Annual report of the Madras Medical College
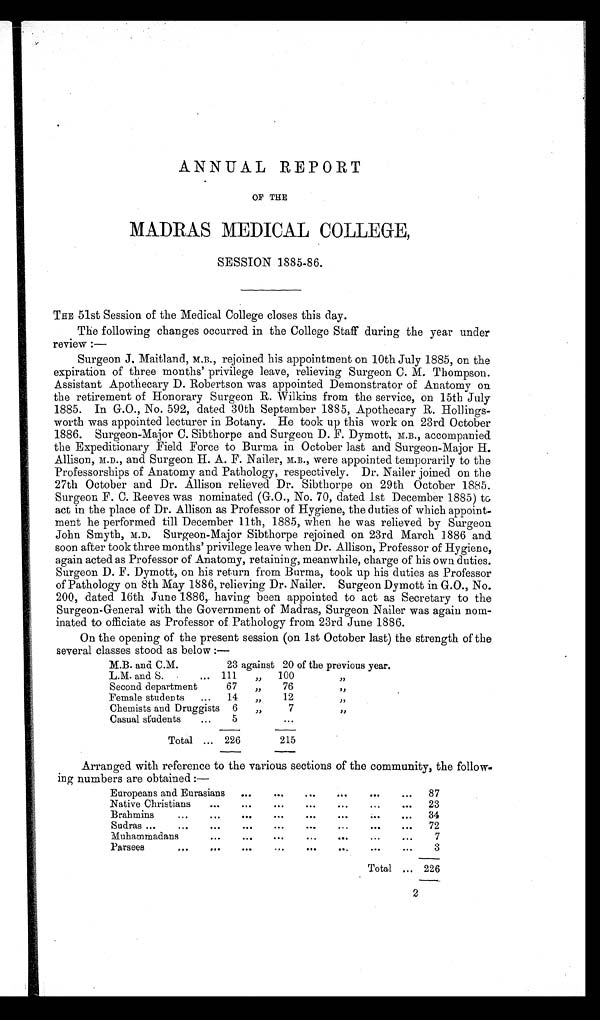
ANNUAL REPORT
OF THE
MADRAS MEDICAL COLLEGE,
SESSION 1885-86.
THE 51st Session of the Medical College closes this day.
The following changes occurred in the College Staff during the year under
review :—
Surgeon J. Maitland, M.B., rejoined his appointment on 10th July 1885, on the
expiration of three months' privilege leave, relieving Surgeon C. M. Thompson.
Assistant Apothecary D. Robertson was appointed Demonstrator of Anatomy on
the retirement of Honorary Surgeon R. Wilkins from the service, on 15th July
1885. In G.O., No. 592, dated 30th September 1885, Apothecary R. Hollings
worth was appointed lecturer in Botany. He took up this work on 23rd October
1886. Surgeon-Major C. Sibthorpe and Surgeon D. F. Dymott, M.B., accompanied
the Expeditionary Field Force to Burma in October last and Surgeon-Major H.
Allison, M.D., and Surgeon H. A. F. Nailer, M.B., were appointed temporarily to the
Professorships of Anatomy and Pathology, respectively. Dr. Nailer joined on the
27th October and Dr. Allison relieved Dr. Sibthorpe on 29th October 1885.
Surgeon F. C. Reeves was nominated (G.O., No. 70, dated 1st December 1885) to,
act in the place of. Dr. Allison as Professor of Hygiene, the duties of which appoint
ment he performed till December 11th, 1885, when he was relieved by Surgeon
John Smyth, M.D. Surgeon-Major Sibthorpe rejoined on 23rd March 1886 and.
soon after took three months' privilege leave when Dr. Allison, Professor of Hygiene,
again acted as Professor of Anatomy, retaining, meanwhile, charge of his own duties.
Surgeon D. F. Dymott, on his return from Burma, took up his duties as Professor
of Pathology on 8th May 1886, relieving Dr. Nailer. Surgeon Dymott in G.O., No.
200, dated 16th June 1886, having been appointed to act as Secretary to the
Surgeon-General with the Government of Madras, Surgeon Nailer was again nom
inated to officiate as Professor of Pathology from 23rd June 1886.
On the opening of the present session (on 1st October last) the strength of the
several classes stood as below :—
M.B. and C.M.
23 against 20 of the previous year
L.M. and S.
111 „
100
„
Second department
67 „
76
„
Female students
14 „
12
„
Chemists and Druggists
6 „
7
„
Casual students
5
Total
226
215
Arranged with reference to the various sections of the community, the follow
ing numbers are obtained :—
Europeans and Eurasians
87
Native Christians
23
Brahmins
34
Sudras
72
Muhammadans
7
Parsees
3
Total
226
2